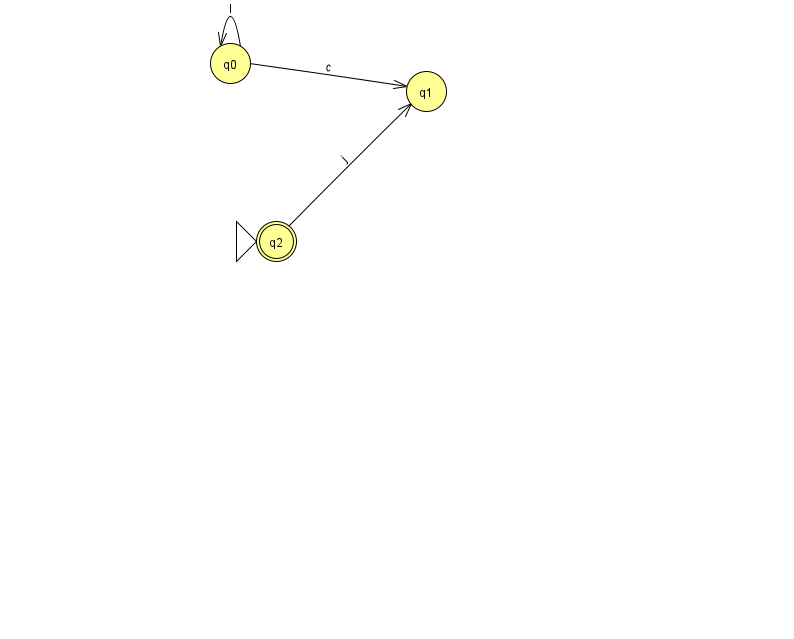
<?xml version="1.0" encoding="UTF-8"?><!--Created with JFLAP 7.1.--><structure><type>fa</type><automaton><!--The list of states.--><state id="0" name="q0"><x>230.0</x><y>50.0</y></state><state id="1" name="q1"><x>426.0</x><y>78.0</y></state><state id="2" name="q2"><x>276.0</x><y>228.0</y><initial/><final/></state><!--The list of transitions.--><transition><from>0</from><to>1</to><read>c</read></transition><transition><from>0</from><to>0</to><read>I</read></transition><transition><from>2</from><to>1</to><read>j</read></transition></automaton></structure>